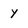
Character: y